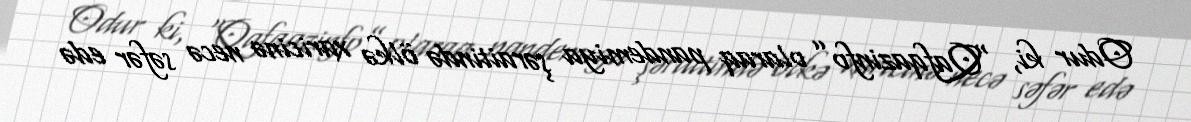
Odur ki, “Qafqazinfo” olaraq pandemiya şəraitində ölkə xaricinə necə səfər edə